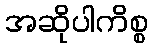
အဆိုပါကိစ္စ